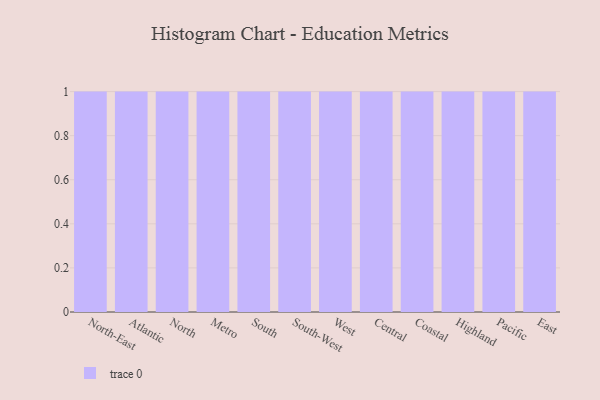
{"axis": {"x": "Region", "y": "Latency (ms)"}, "legend": [""], "data": [{"x": "North-East", "y": 53, "type": ""}, {"x": "Atlantic", "y": 41, "type": ""}, {"x": "North", "y": 77, "type": ""}, {"x": "Metro", "y": 49, "type": ""}, {"x": "South", "y": 67, "type": ""}, {"x": "South-West", "y": 36, "type": ""}, {"x": "West", "y": 8, "type": ""}, {"x": "Central", "y": 62, "type": ""}, {"x": "Coastal", "y": 33, "type": ""}, {"x": "Highland", "y": 81, "type": ""}, {"x": "Pacific", "y": 30, "type": ""}, {"x": "East", "y": 45, "type": ""}]}